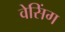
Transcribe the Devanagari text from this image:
वेसिंग